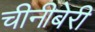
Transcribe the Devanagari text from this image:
चीनीबेरी